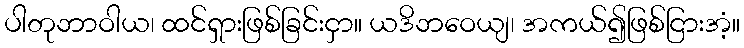
ပါတုဘာဝါယ၊ ထင်ရှားဖြစ်ခြင်းငှာ။ ယဒိဘဝေယျ၊ အကယ်၍ဖြစ်ငြားအံ့။